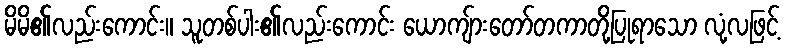
မိမိ၏လည်းကောင်း။ သူတစ်ပါး၏လည်းကောင်း ယောကျ်ားတော်တကာတို့ပြုရာသော လုံ့လဖြင့်